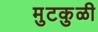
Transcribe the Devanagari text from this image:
मुटकुळी